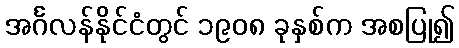
အင်္ဂလန်နိုင်ငံတွင် ၁၉၀၈ ခုနှစ်က အစပြု၍